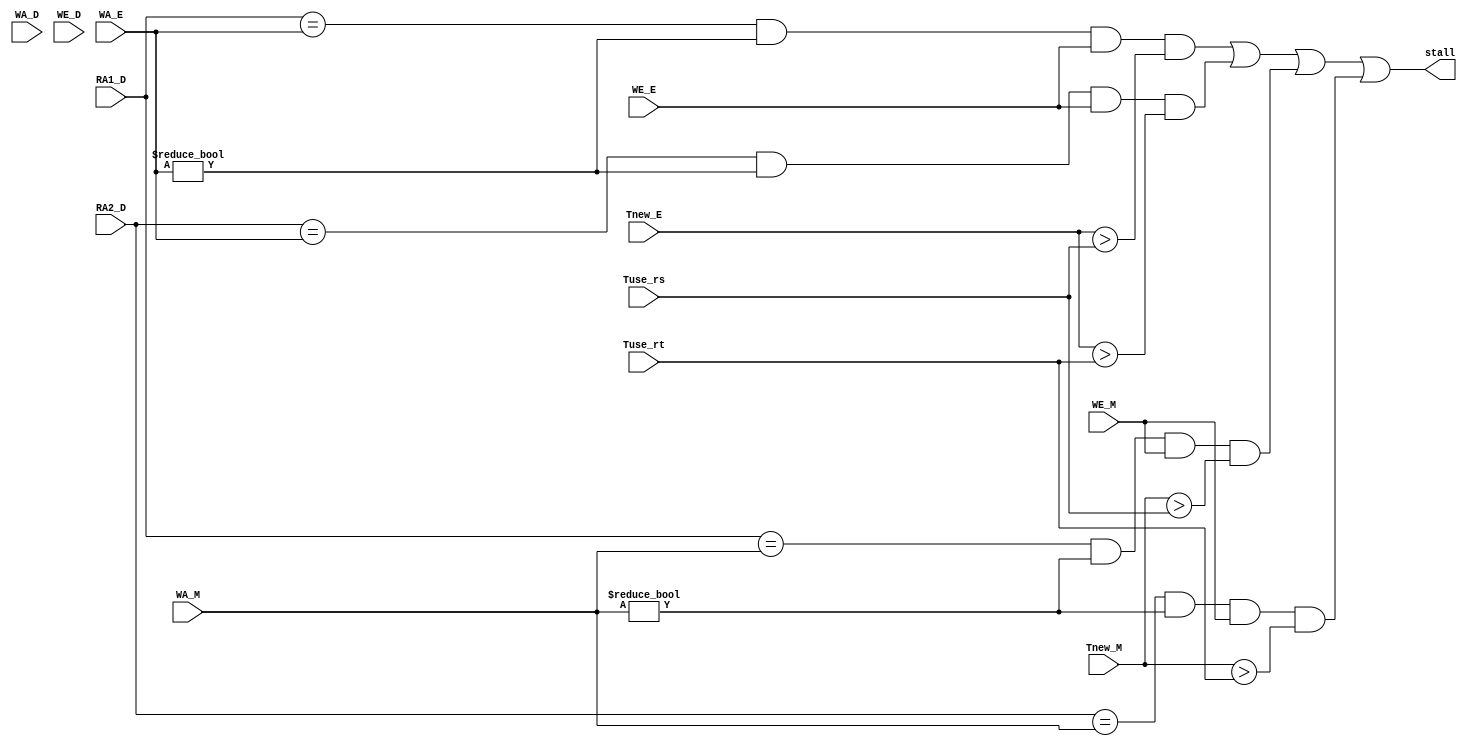
module Stall(
    input [2:0] Tuse_rs,
    input [2:0] Tuse_rt,
    input [4:0] RA1_D,
    input [4:0] RA2_D,
    input [4:0] WA_D,
    input WE_D,
    input [2:0] Tnew_E,
    input [4:0] WA_E,
    input WE_E,
    input [2:0] Tnew_M,
    input [4:0] WA_M,
    input WE_M, 
    output stall
    );


    wire stall_rs_E = (RA1_D == WA_E && WA_E != 5'd0) && WE_E && (Tnew_E > Tuse_rs);
    wire stall_rt_E = (RA2_D == WA_E && WA_E != 5'd0) && WE_E && (Tnew_E > Tuse_rt);
    
    wire stall_rs_M = (RA1_D == WA_M && WA_M != 5'd0) && WE_M && (Tnew_M > Tuse_rs);
    wire stall_rt_M = (RA2_D == WA_M && WA_M != 5'd0) && WE_M && (Tnew_M > Tuse_rt);

    assign stall = stall_rs_E | stall_rt_E | stall_rs_M | stall_rt_M;

endmodule